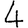
Digit: 4